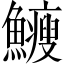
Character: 𩽉